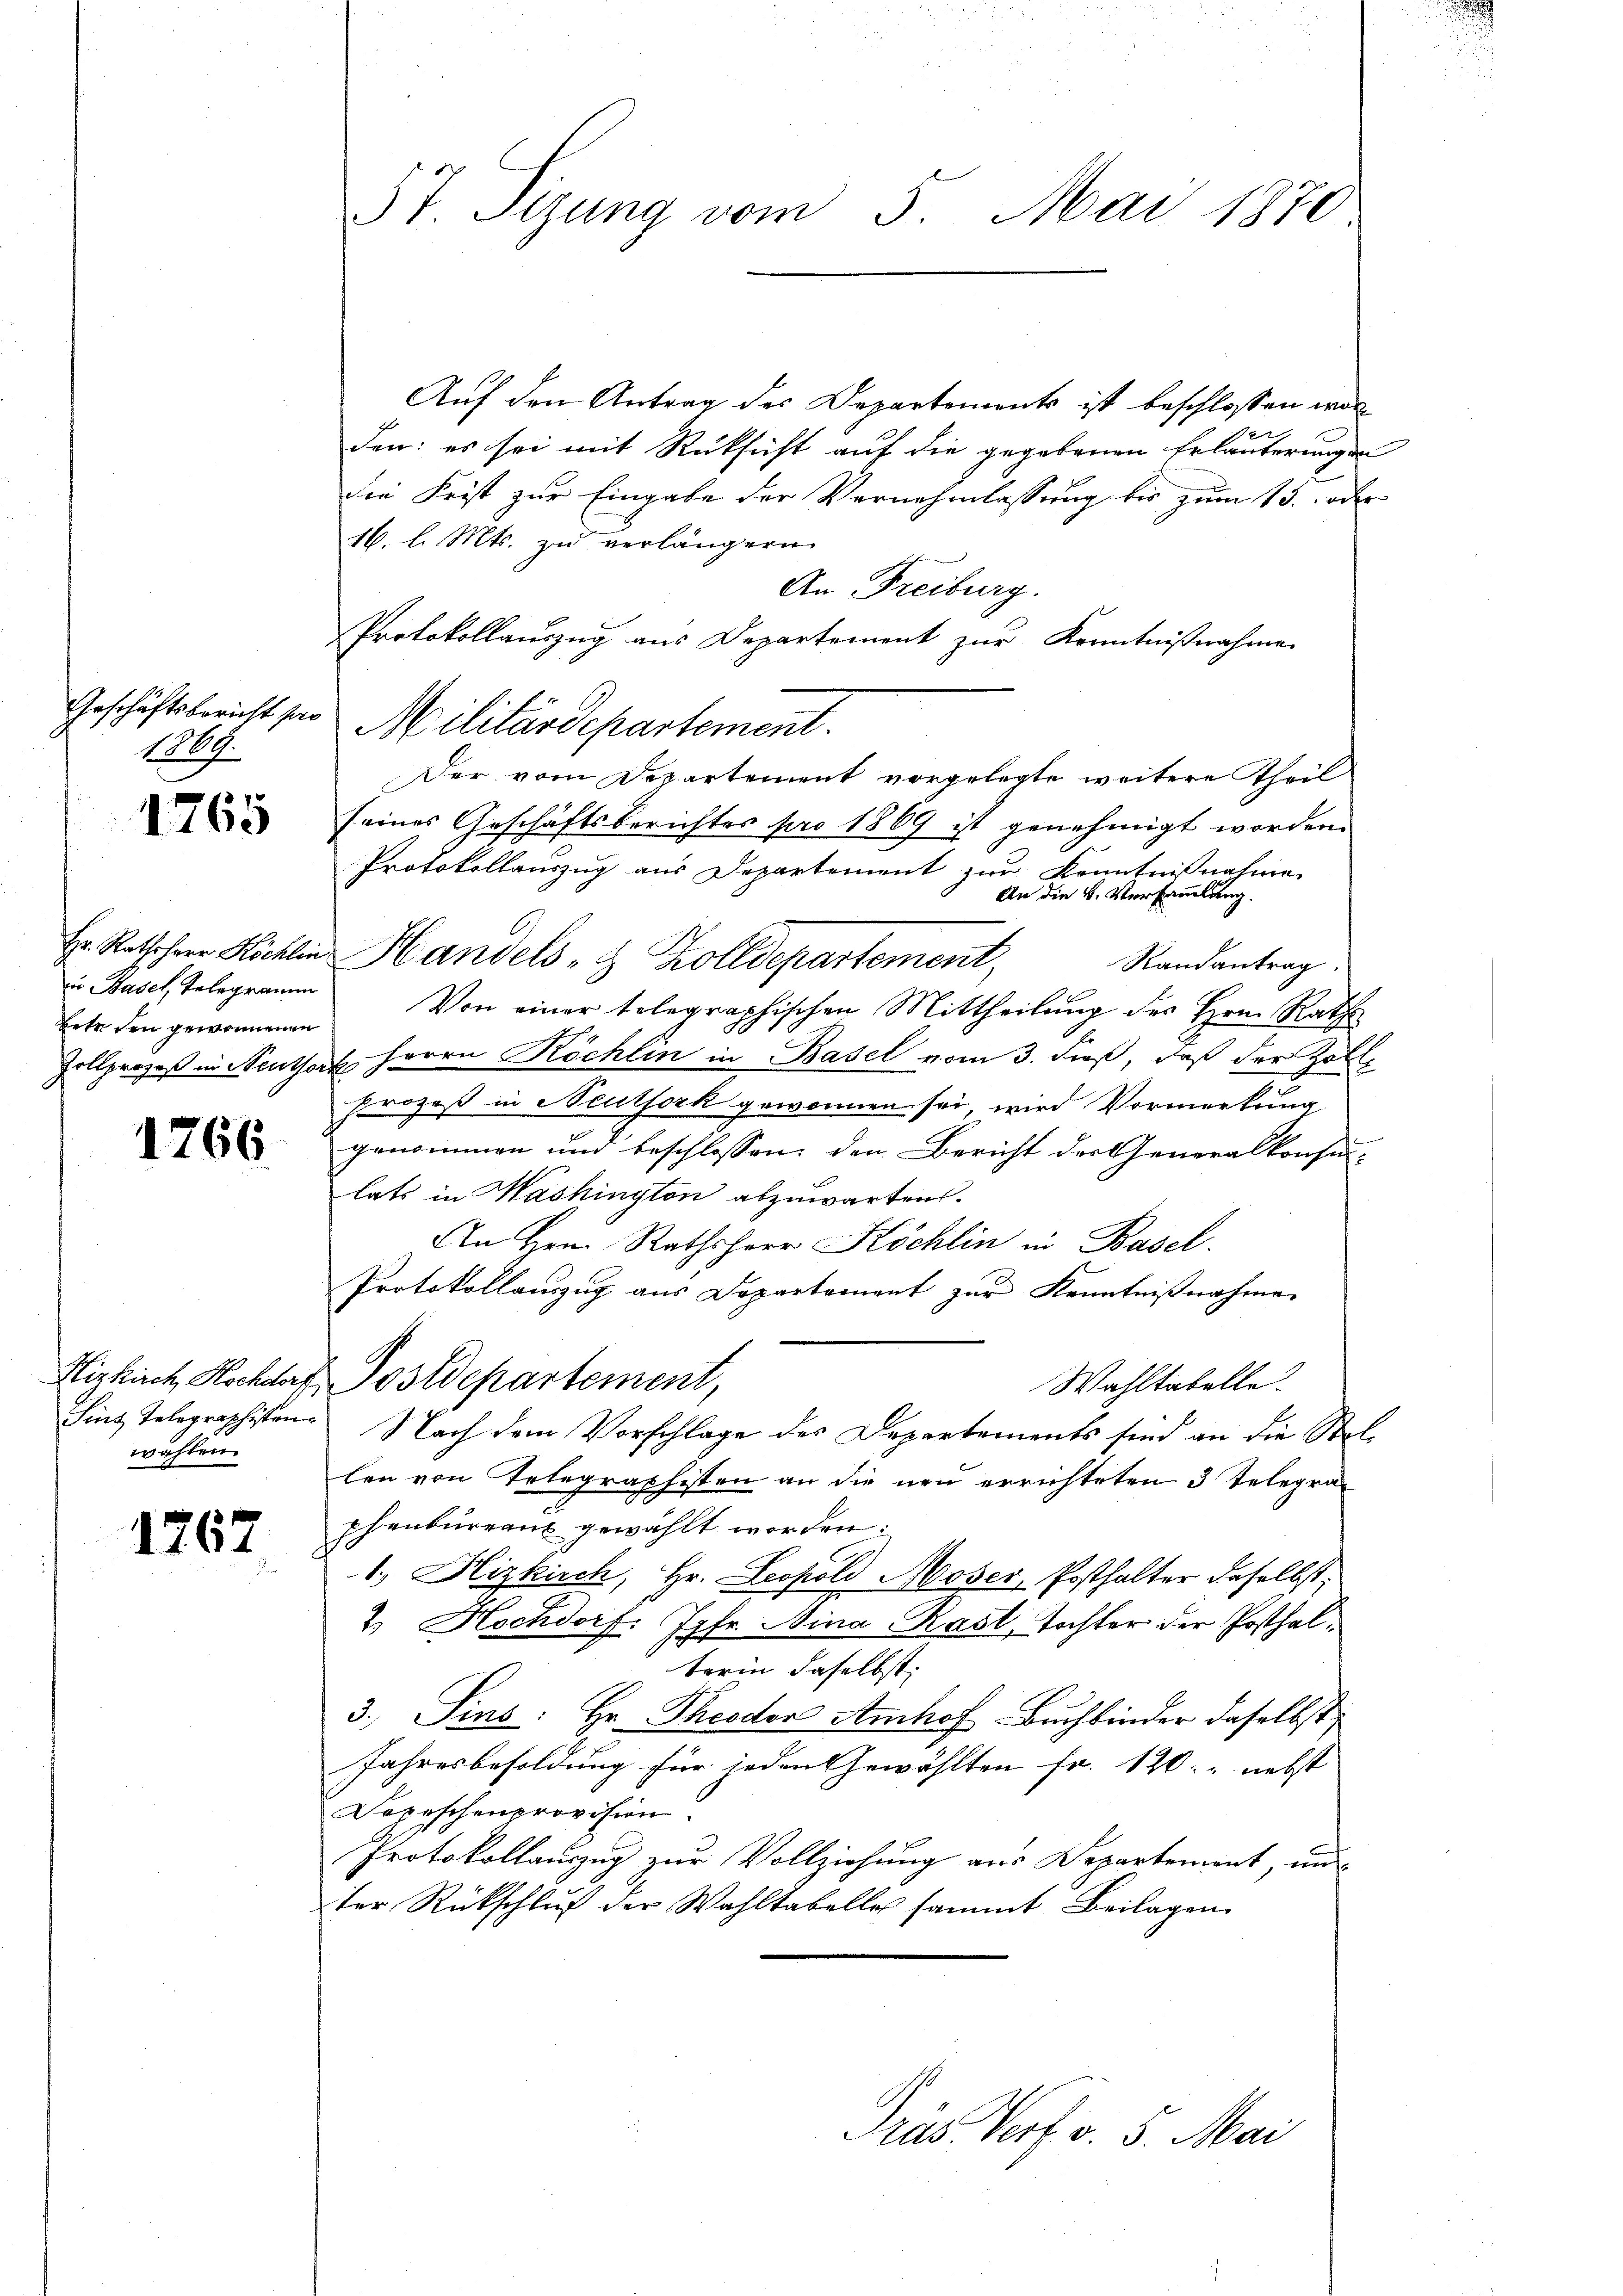
14.

1765

in Basel, Telegramm
betr. den gewonnenen

1766

wählen.

1767

57. Sizung vom 5. Mai 1870

Auf den Antrag der Departements ist beschlossen worden: es sei mit Rüksicht auf die gegebenen Erläuterungen
die Frist zur Eingabe der Vernehmlassung bis zum 13. oder
16. l. Mts. zu verlängern.
An Freiburg.
Protokollauszug aus Departement zur Kenntnißnahme
Geschäftsbericht par Militärdepartement.
Der vom Departement vorgelegte weitere Theil
seines Geschäftsberichtes pro 1869 ist genehmigt worden.
Protokollauszug aus Departement zur Kenntnißnahme
An die k. Versammlung.
Hr. Rathsher Höchlin Handels- & Zolldepartement,
Randantrag.
Von einer telegraphischen Mittheilung des Hrn. Rath
Zollprozeß in enthort Herrn Köchlin in Basel vom 3. dieß, daß der Zoll
Prozeß in Neutfork gewornen sei, wird Vormerkung
e
genommen und beschlossen, den Bericht der Generalkonsu-
lats in Washington abzuwarten.
An Hrn. Rathsherr Köchlin in Basel.
Protokollauszug aus Departament zur Kenntnißnahme
Hizkirch, Hochdorf Postdepartement,
Wahltabelle.
Fins Telegraphisten Nach dem Vorschlage des Departements sind an die Stellen von Telegraphisten an die neu errichteten 3 Telegraphenburran gewählt worden:
1.) Hizkirch, Hr. Leopold Moser, Posthalter daselbst,
2. Hochdorf: Jgfr. Mina Rast, Tochter der Posthalterin daselbst
3. Sins: Hr. Theodor Amhof Buchbinder daselbst
Jahresbesoldung für jeden Gewählten fr. 120. nebst
Depeschenprovision.
Protokollauszug zur Vollziehung aus Departement, un
ter Rückschluß der Wahltabelle sammt Beilagen
Präs. Verf. v. 5. Mai